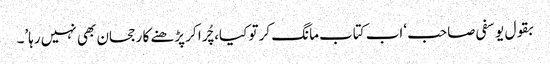
بقول یوسفی صاحب ‘اب کتاب مانگ کر تو کیا، چُرا کر پڑھنے کا رجحان بھی نہیں رہا’۔